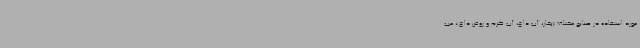
مورد استفاده در صنایع مختلف (بخار، آب داغ، آب گرم و روغن داغ)، مب